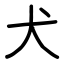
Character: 犬